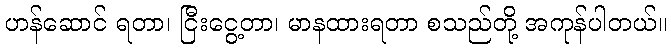
ဟန်ဆောင် ရတာ၊ ငြီးငွေ့တာ၊ မာနထားရတာ စသည်တို့ အကုန်ပါတယ်။